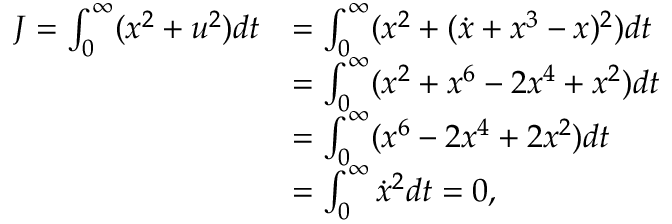
\begin{array} { r l } { J = \int _ { 0 } ^ { \infty } ( x ^ { 2 } + u ^ { 2 } ) d t } & { = \int _ { 0 } ^ { \infty } ( x ^ { 2 } + ( \dot { x } + x ^ { 3 } - x ) ^ { 2 } ) d t } \\ & { = \int _ { 0 } ^ { \infty } ( x ^ { 2 } + x ^ { 6 } - 2 x ^ { 4 } + x ^ { 2 } ) d t } \\ & { = \int _ { 0 } ^ { \infty } ( x ^ { 6 } - 2 x ^ { 4 } + 2 x ^ { 2 } ) d t } \\ & { = \int _ { 0 } ^ { \infty } \dot { x } ^ { 2 } d t = 0 , } \end{array}